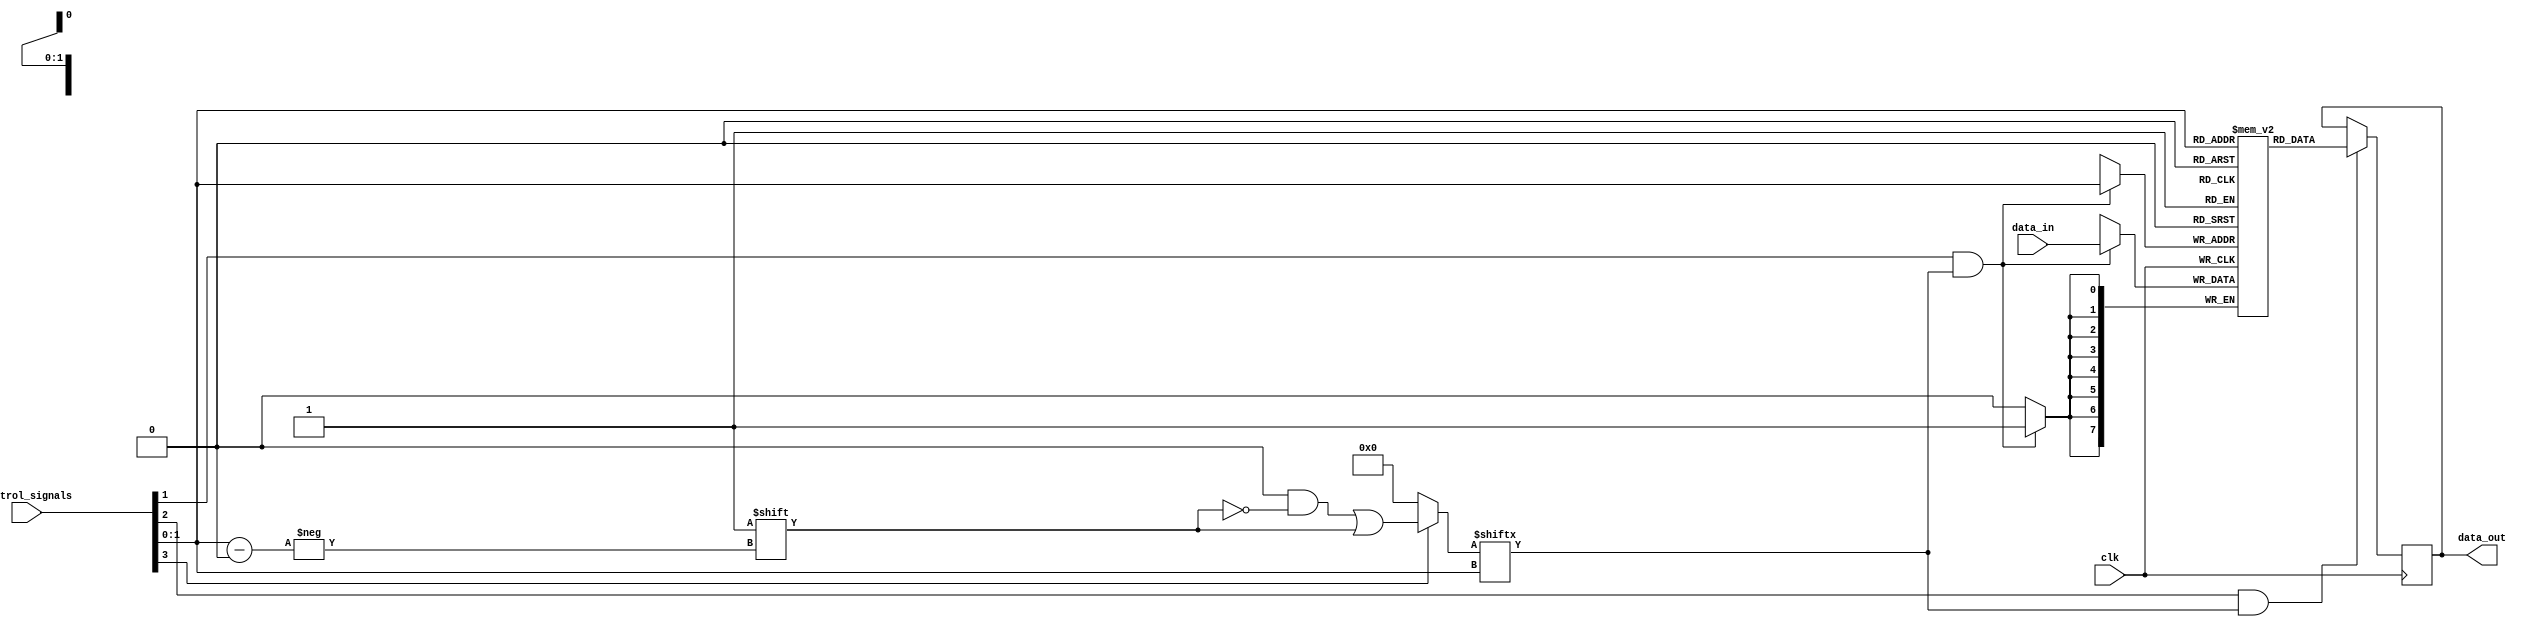
module MemoryBlockControl (
    input wire clk,
    input wire [3:0] control_signals, // control signals: [enable, read, write, block_select]
    input wire [7:0] data_in,          // Data input for write operations
    output reg [7:0] data_out          // Data output for read operations
);

    // Memory array: 4 blocks of 8-bit memory
    reg [7:0] memory [0:3]; // 4 memory blocks, each 8 bits wide
    reg [3:0] block_enable;  // Block enable signals

    // Control signals
    wire enable = control_signals[3];
    wire read   = control_signals[2];
    wire write  = control_signals[1];
    wire [1:0] block_select = control_signals[0:1]; // Select which block to access

    // Gating Logic: Enable or disable memory blocks based on control signals
    always @(*) begin
        // Initialize block_enable to 0
        block_enable = 4'b0000;

        // Enable the selected block if the enable signal is high
        if (enable) begin
            block_enable[block_select] = 1'b1;
        end
    end

    // Memory Read/Write Operations
    always @(posedge clk) begin
        if (write && block_enable[block_select]) begin
            // Write data to the selected memory block
            memory[block_select] <= data_in;
        end
        if (read && block_enable[block_select]) begin
            // Read data from the selected memory block
            data_out <= memory[block_select];
        end
    end

endmodule